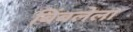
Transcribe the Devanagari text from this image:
बिंबलेला